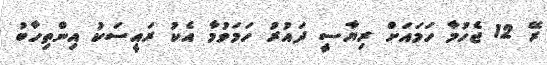
ރޭ 12 ޖެހުމާ ހަމައަށް ރިޔާސީ ދައުރު ހަމަވުމާ އެކު ރައީސަކު އިންތިހާބު